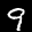
Label: 9